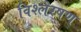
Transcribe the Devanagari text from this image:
विश्लेरषण